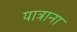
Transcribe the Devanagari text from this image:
यात्राना